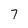
Character: 7